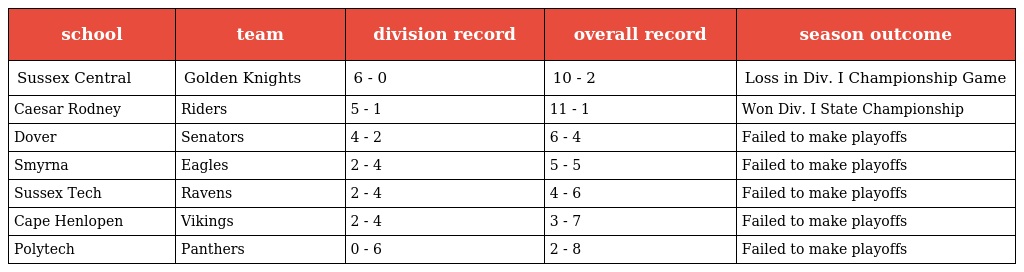
| school | team | division record | overall record | season outcome |
 | --- | --- | --- | --- | --- |
 | Sussex Central | Golden Knights | 6 - 0 | 10 - 2 | Loss in Div. I Championship Game |
 | Caesar Rodney | Riders | 5 - 1 | 11 - 1 | Won Div. I State Championship |
 | Dover | Senators | 4 - 2 | 6 - 4 | Failed to make playoffs |
 | Smyrna | Eagles | 2 - 4 | 5 - 5 | Failed to make playoffs |
 | Sussex Tech | Ravens | 2 - 4 | 4 - 6 | Failed to make playoffs |
 | Cape Henlopen | Vikings | 2 - 4 | 3 - 7 | Failed to make playoffs |
 | Polytech | Panthers | 0 - 6 | 2 - 8 | Failed to make playoffs |